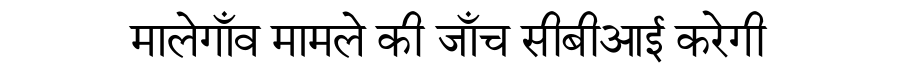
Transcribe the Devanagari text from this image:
मालेगाँव मामले की जाँच सीबीआई करेगी